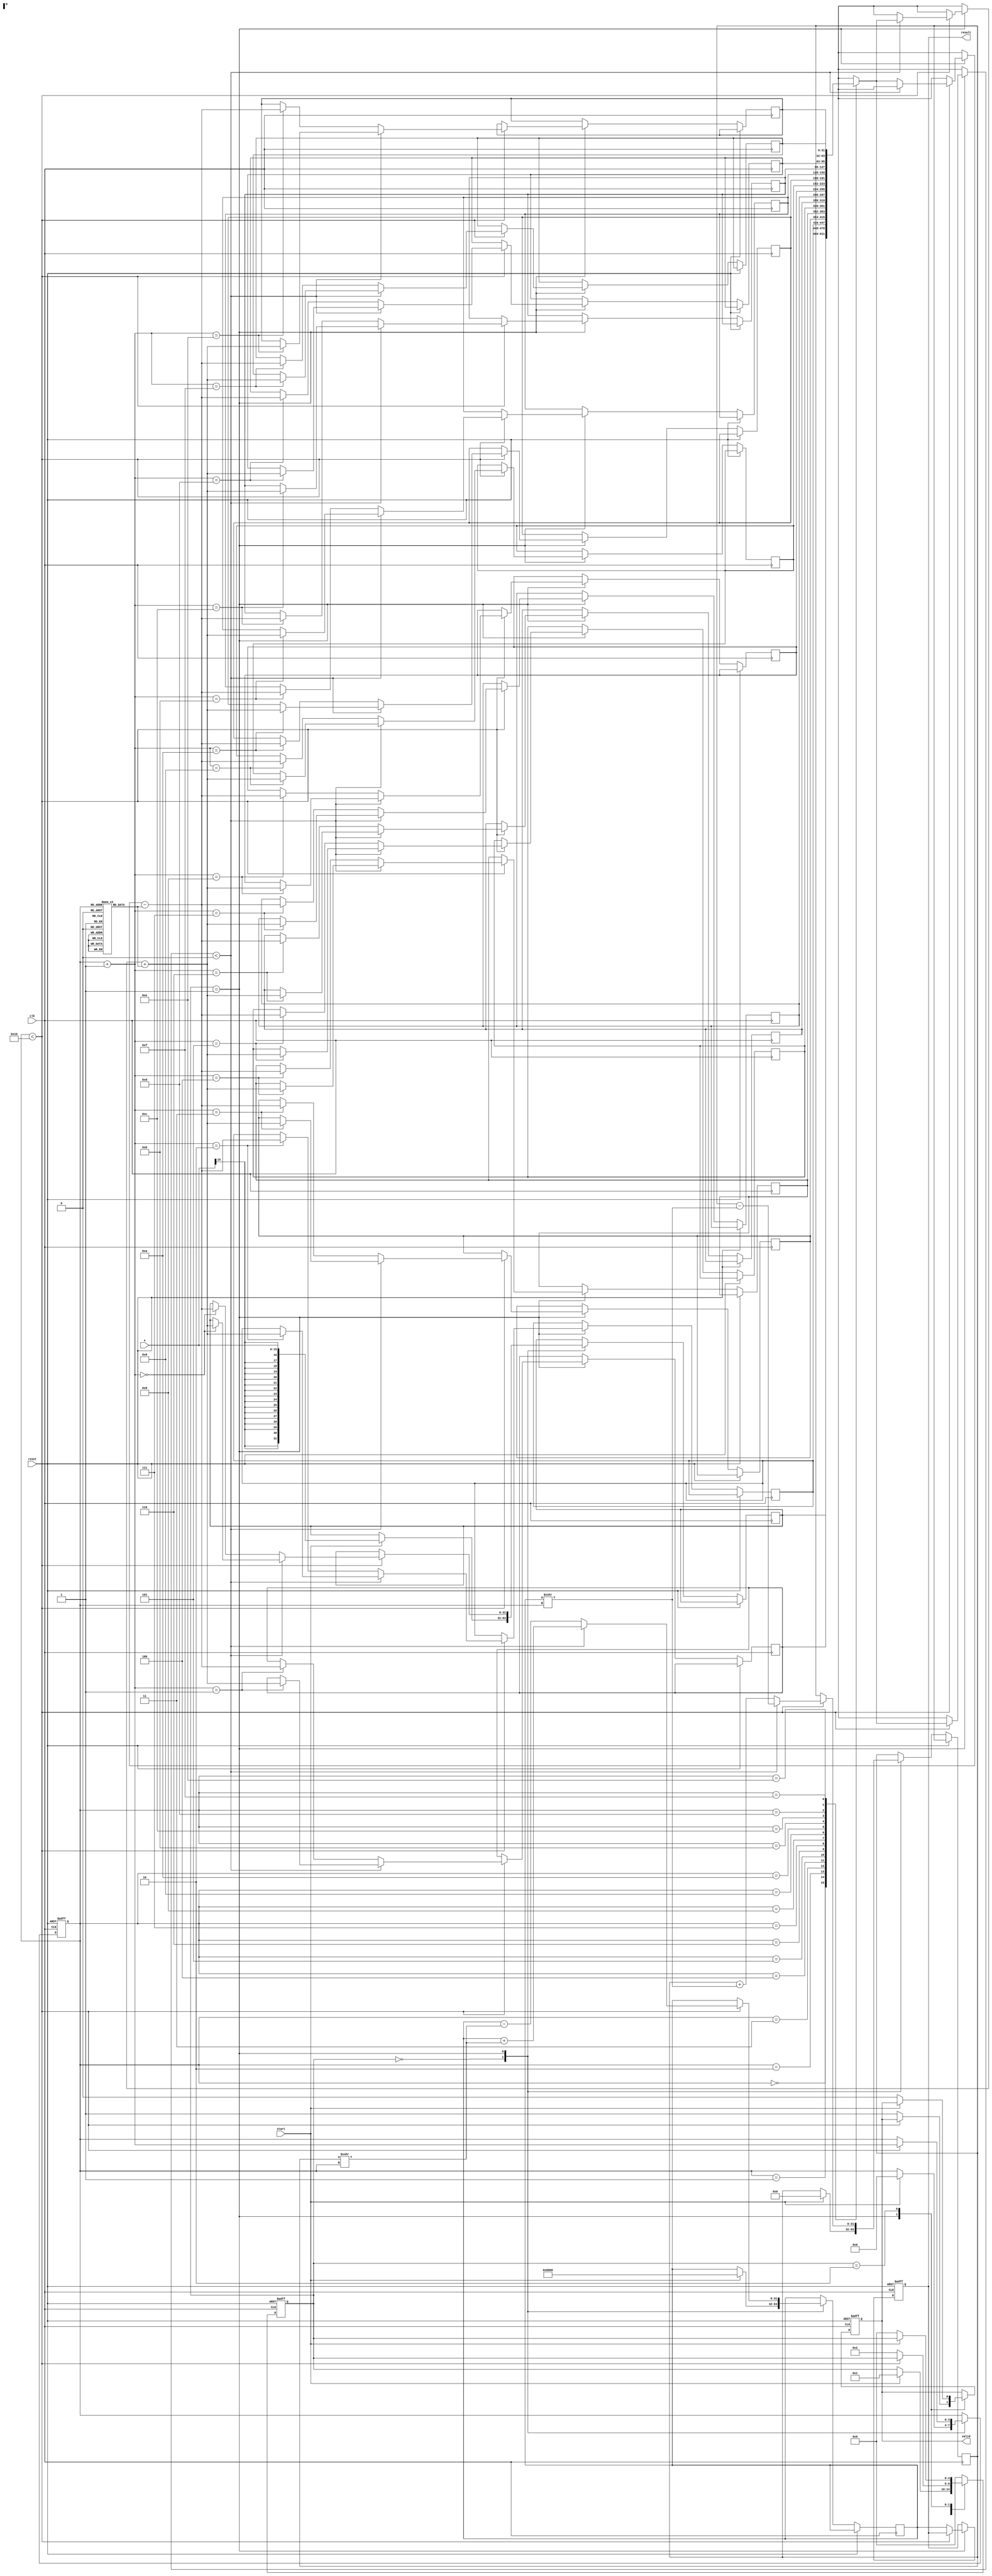
module cordic_exp (
    input  wire clk,
    input  wire reset,
    input  wire start,
    input  wire signed [15:0] x,  // Fixed-point input value x
    output reg signed [31:0] result, // Result output
    output reg valid // Output valid signal
);

parameter NUM_ITERATIONS = 16; // Number of CORDIC iterations
parameter ANGLE_WIDTH = 16; // Width of angle data
parameter SCALING_FACTOR = 16'b1000000000000000; // Precomputed scaling factor

// CORDIC angle lookup table (in radians) for each iteration
reg [ANGLE_WIDTH-1:0] angles [0:NUM_ITERATIONS-1];

reg signed [31:0] z [0:NUM_ITERATIONS-1]; // z accumulator
reg signed [31:0] x_acc, y_acc;            // x and y accumulators
reg [4:0] state;                           // State variable
reg [3:0] iter;                            // Iteration counter

// Initializing angles (in fixed-point representation)
initial begin
    angles[0] = 16'b0000000000000000; // 0.0
    angles[1] = 16'b0000000000000111; // atan(2^-1)
    angles[2] = 16'b0000000000000011; // atan(2^-2)
    angles[3] = 16'b0000000000000001; // atan(2^-3)
    // Fill in the rest of the angles...
    angles[NUM_ITERATIONS-1] = 16'b0000000000000000; // Last angle can be 0
end

// State machine for controlling the CORDIC process
always @(posedge clk or posedge reset) begin
    if (reset) begin
        state <= 0;
        valid <= 0;
        result <= 0;
        iter <= 0;
    end else begin
        case (state)
            0: begin
                if (start) begin
                    // Initialize the accumulators
                    x_acc <= SCALING_FACTOR; // Initial x is the scaling factor
                    y_acc <= 0;              // Initial y is 0
                    z[0] <= x;               // Load input x into z accumulator
                    iter <= 0;               // Reset iteration counter
                    state <= 1;              // Move to iteration state
                end
            end
            
            1: begin
                if (iter < NUM_ITERATIONS) begin
                    // CORDIC rotation algorithm
                    if (z[iter] < 0) begin
                        // Rotate clockwise
                        x_acc <= x_acc + (y_acc >>> iter);
                        y_acc <= y_acc - (x_acc >>> iter);
                        z[iter + 1] <= z[iter] + angles[iter]; // Update z
                    end else begin
                        // Rotate counterclockwise
                        x_acc <= x_acc - (y_acc >>> iter);
                        y_acc <= y_acc + (x_acc >>> iter);
                        z[iter + 1] <= z[iter] - angles[iter]; // Update z
                    end
                    iter <= iter + 1; // Increment iteration counter
                end else begin
                    result <= x_acc; // Final result in x_acc
                    valid <= 1;      // Indicate output is valid
                    state <= 2;      // Move to finish state
                end
            end
            
            2: begin
                // Finish state, can be waiting for reset
                if (!start) begin
                    valid <= 0; // Reset valid signal
                    state <= 0; // Go back to idle state
                end
            end
            
            default: state <= 0; // Default case
        endcase
    end
end

endmodule